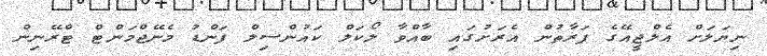
ނިޔަަލަށް އެލްޖީއޭގެ ފަރާތުން އެރަށުގައި ބާއްވާ ލޯކަލް ކައުންސިލް ފަންޑު މެނޭޖްމަންޓް ޓްރޭނިން